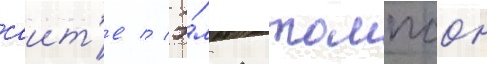
саит'е // Э́мма томпсон